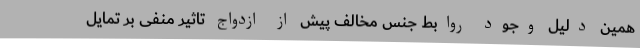
همین دلیل وجود روابط جنس مخالف پیش از ازدواج تاثیر منفی بر تمایل